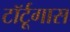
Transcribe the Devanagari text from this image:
टॉर्टूगास